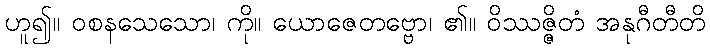
ဟူ၍။ ဝစနသေသော၊ ကို။ ယောဇေတဗ္ဗော၊ ၏။ ဝိဿဇ္ဇိတံ အနုဂီတီတိ